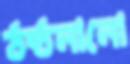
ঠন্‌ঠনানো